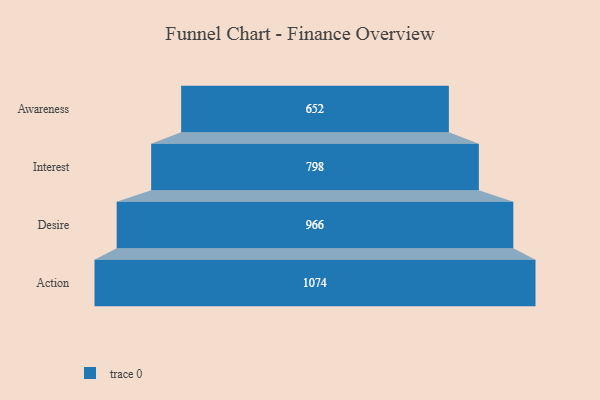
{"axis": {"x": "Stage", "y": "Value"}, "legend": [""], "data": [{"x": "Awareness", "y": 652.0, "type": ""}, {"x": "Interest", "y": 798.0, "type": ""}, {"x": "Desire", "y": 966.0, "type": ""}, {"x": "Action", "y": 1074.0, "type": ""}]}